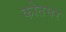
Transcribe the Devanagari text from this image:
कोतघर